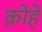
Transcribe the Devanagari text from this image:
क़ोहे